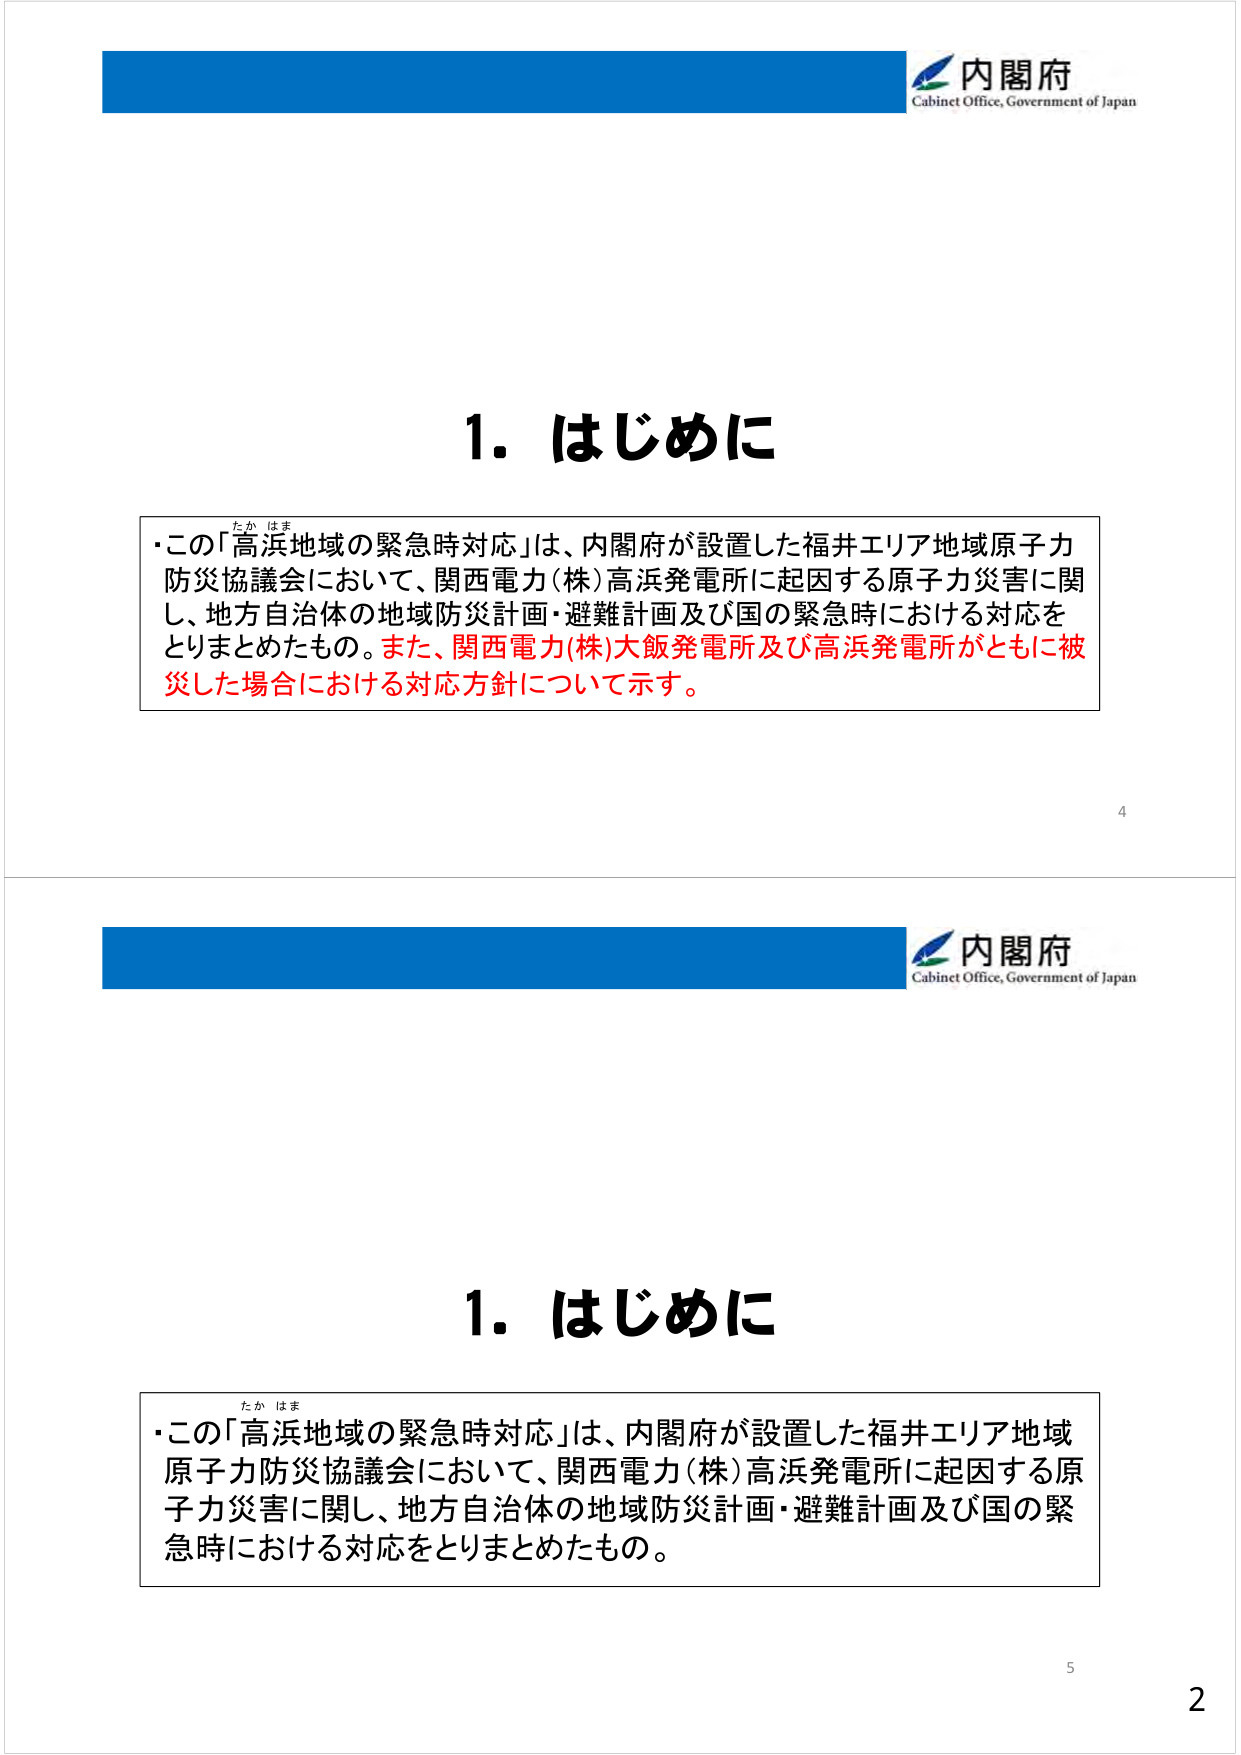
内閣府
Cabinet Office, Government of Japan

1. はじめに

・この「高浜地域の緊急時対応」は、内閣府が設置した福井エリア地域原子力防災協議会において、関西電力(株)高浜発電所に起因する原子力災害に関し、地方自治体の地域防災計画・避難計画及び国の緊急時における対応をとりまとめたもの。また、関西電力(株)大飯発電所及び高浜発電所がともに被災した場合における対応方針について示す。

4

内閣府
Cabinet Office, Government of Japan

1. はじめに

・この「高浜地域の緊急時対応」は、内閣府が設置した福井エリア地域原子力防災協議会において、関西電力(株)高浜発電所に起因する原子力災害に関し、地方自治体の地域防災計画・避難計画及び国の緊急時における対応をとりまとめたもの。

5
2